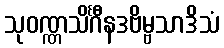
သုဝဏ္ဏသိင်္ဂီနဒဗိမ္ဗသာဒိသံ